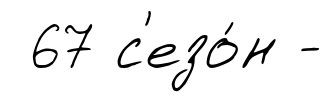
67 с'езо́н -